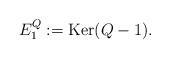
LaTeX: \begin{align*} E_1^{Q}:=\mathrm{Ker}(Q-1).\end{align*}